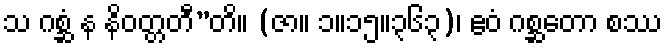
သ ဂစ္ဆံ န နိဝတ္တတီ”တိ။ (ဇာ။ ၁။၁၅။၃၆၃)၊ ဧဝံ ဂစ္ဆတော စဿ